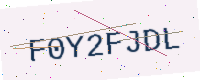
Text: F0Y2FJDL